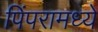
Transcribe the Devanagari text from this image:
पिंपरामध्ये